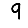
Digit: 9